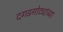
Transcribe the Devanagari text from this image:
दगडगोट्यांच्या